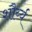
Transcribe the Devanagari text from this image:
शौर्य्य